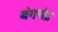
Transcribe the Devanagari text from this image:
बंगचंद्र